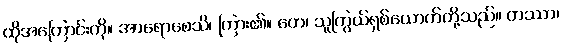
ထိုအကြောင်းကို။ အာရောစေသိ၊ ကြား၏။ တေ၊ သူကြွယ်ရှစ်ယောက်တို့သည်။ တဿာ၊